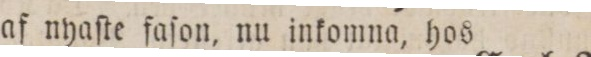
af nyaſte faſon, nu inkomna, hos